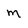
Character: M